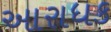
આરાધક